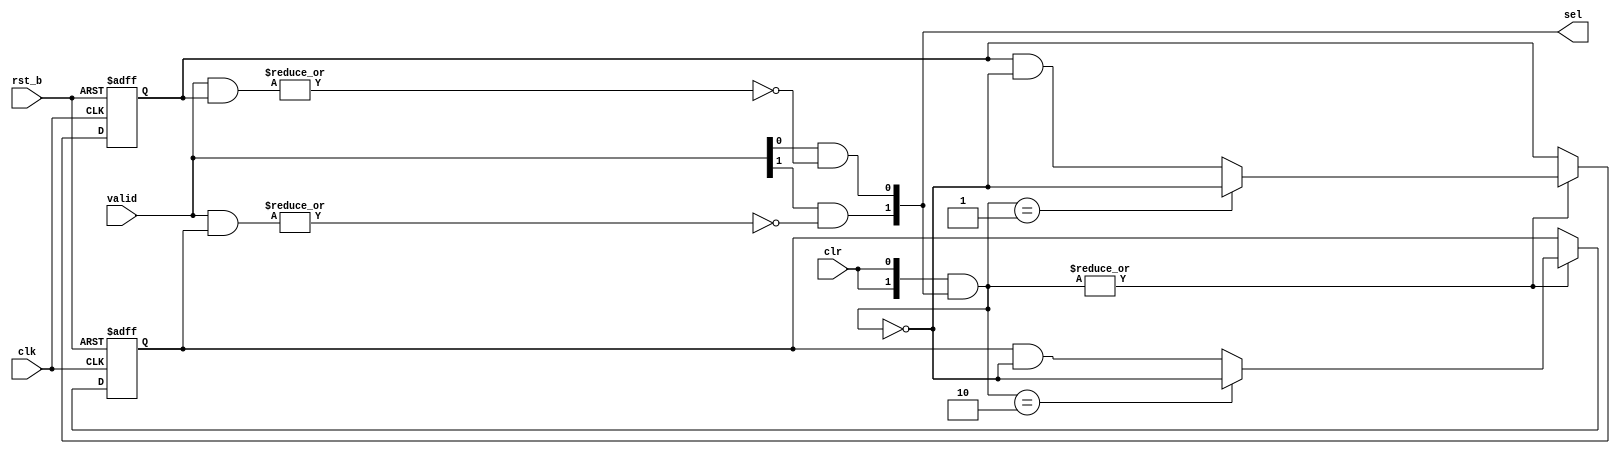
// This program was cloned from: https://github.com/T-head-Semi/openc906
// License: Apache License 2.0

/*Copyright 2020-2021 T-Head Semiconductor Co., Ltd.

Licensed under the Apache License, Version 2.0 (the "License");
you may not use this file except in compliance with the License.
You may obtain a copy of the License at

    http://www.apache.org/licenses/LICENSE-2.0

Unless required by applicable law or agreed to in writing, software
distributed under the License is distributed on an "AS IS" BASIS,
WITHOUT WARRANTIES OR CONDITIONS OF ANY KIND, either express or implied.
See the License for the specific language governing permissions and
limitations under the License.
*/

module aq_prio(
  clk,
  rst_b,
  valid,
  clr,
  sel
);
parameter NUM =2;

input            clk;
input            rst_b;
input  [NUM-1:0] valid;
input            clr;
output [NUM-1:0] sel;

reg    [NUM-1:0] prio [NUM-1:0];
reg    [NUM-1:0] unused [NUM-1:0];
wire   [NUM-1:0] sel;
wire   [NUM-1:0] clr_bus;

assign clr_bus[NUM-1:0] = {NUM{clr}} & sel[NUM-1:0];

genvar i;
generate
for(i=0; i<NUM; i=i+1) begin:PRIO_MATRIX_GEN
always@(posedge clk or negedge rst_b)
begin
  if (!rst_b)
    {prio[i][NUM-1:0], unused[i][NUM-1:0]} <= {{NUM{1'b0}}, {NUM{1'b1}}} << i;
  else if(|clr_bus[NUM-1:0]) begin
    prio[i][NUM-1:0] <= (clr_bus[NUM-1:0] == ({{(NUM-1){1'b0}},1'b1}<<i)) 
                      ? ~clr_bus[NUM-1:0] 
                      : prio[i][NUM-1:0] &~clr_bus[NUM-1:0];
  end
end
end
endgenerate

generate
for(i=0; i<NUM; i=i+1) begin: SEL_GEN
assign sel[i] = valid[i] && !(|(valid[NUM-1:0] & prio[i][NUM-1:0]));
end
endgenerate

endmodule